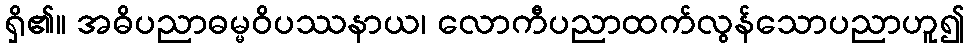
ရှိ၏။ အဓိပညာဓမ္မဝိပဿနာယ၊ လောကီပညာထက်လွန်သောပညာဟူ၍